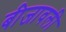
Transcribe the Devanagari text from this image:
बीजावली